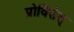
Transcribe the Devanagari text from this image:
प्रोविंसेस्